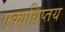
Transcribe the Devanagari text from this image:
एकाधिप्तय